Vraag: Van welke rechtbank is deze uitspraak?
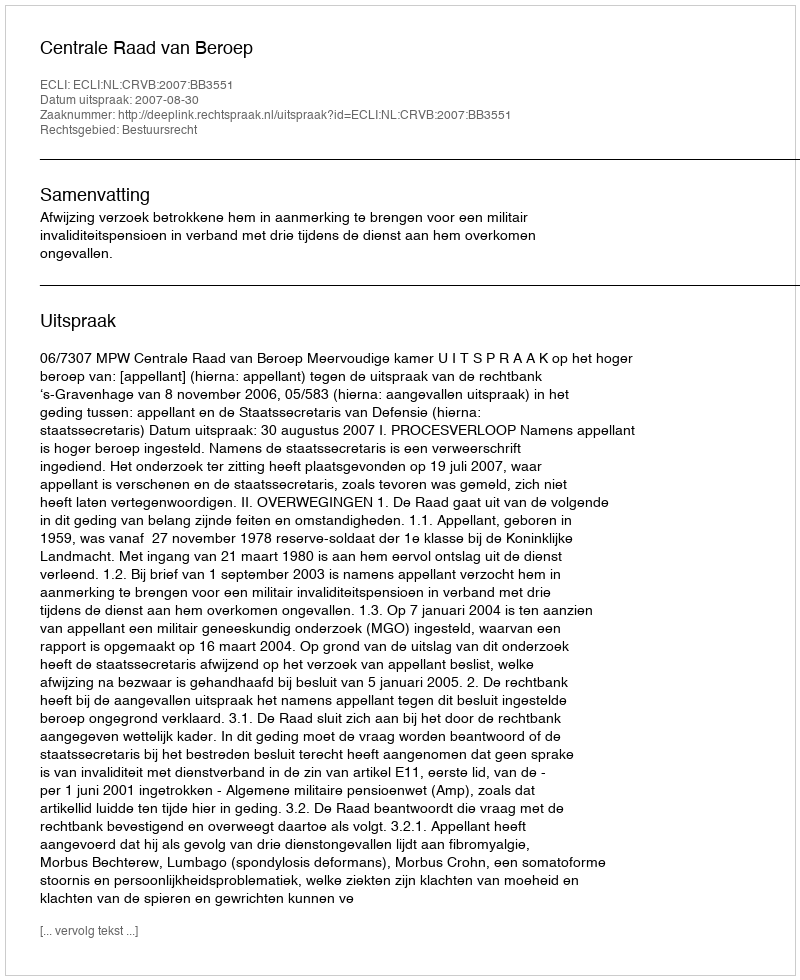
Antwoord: Centrale Raad van Beroep